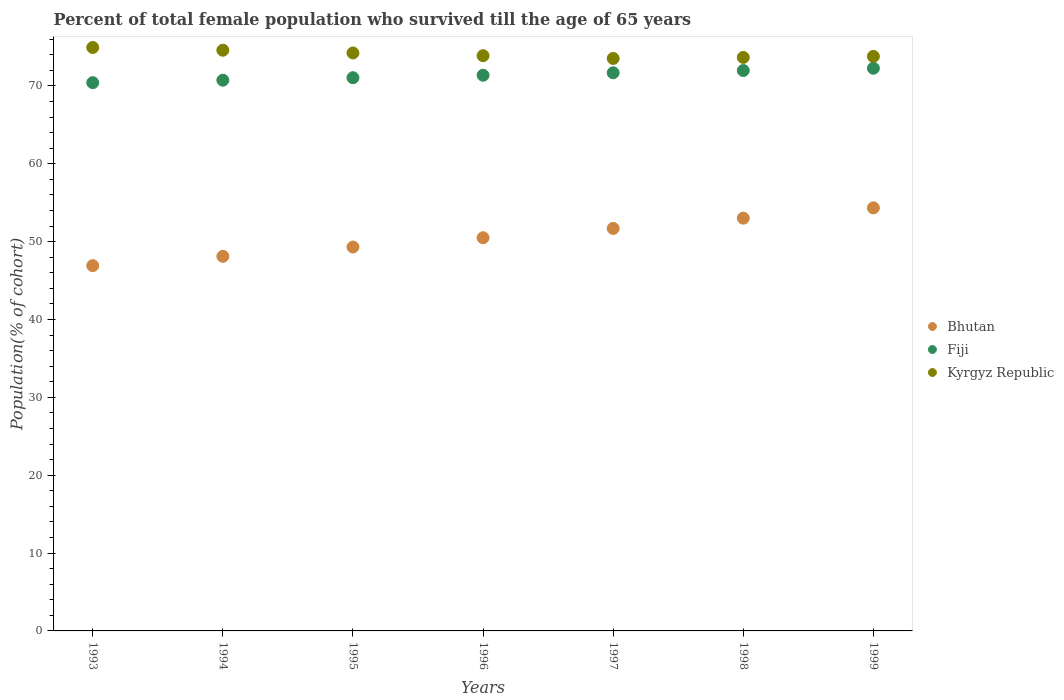
| Years | Bhutan | Fiji | Kyrgyz Republic |
 | --- | --- | --- | --- |
 | 1993 | 46.9 | 70.4 | 74.9 |
 | 1994 | 48.1 | 70.7 | 74.6 |
 | 1995 | 49.3 | 71 | 74.2 |
 | 1996 | 50.5 | 71.4 | 73.9 |
 | 1997 | 51.7 | 71.7 | 73.5 |
 | 1998 | 53 | 72 | 73.7 |
 | 1999 | 54.3 | 72.3 | 73.8 |